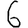
Digit: 6